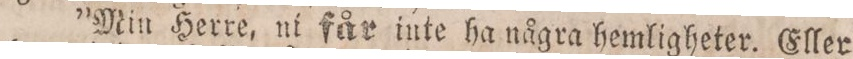
”Min Herre, ni får inte ha några hemligheter. Eller=